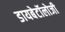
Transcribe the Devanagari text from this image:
डायबेटॉलोजी